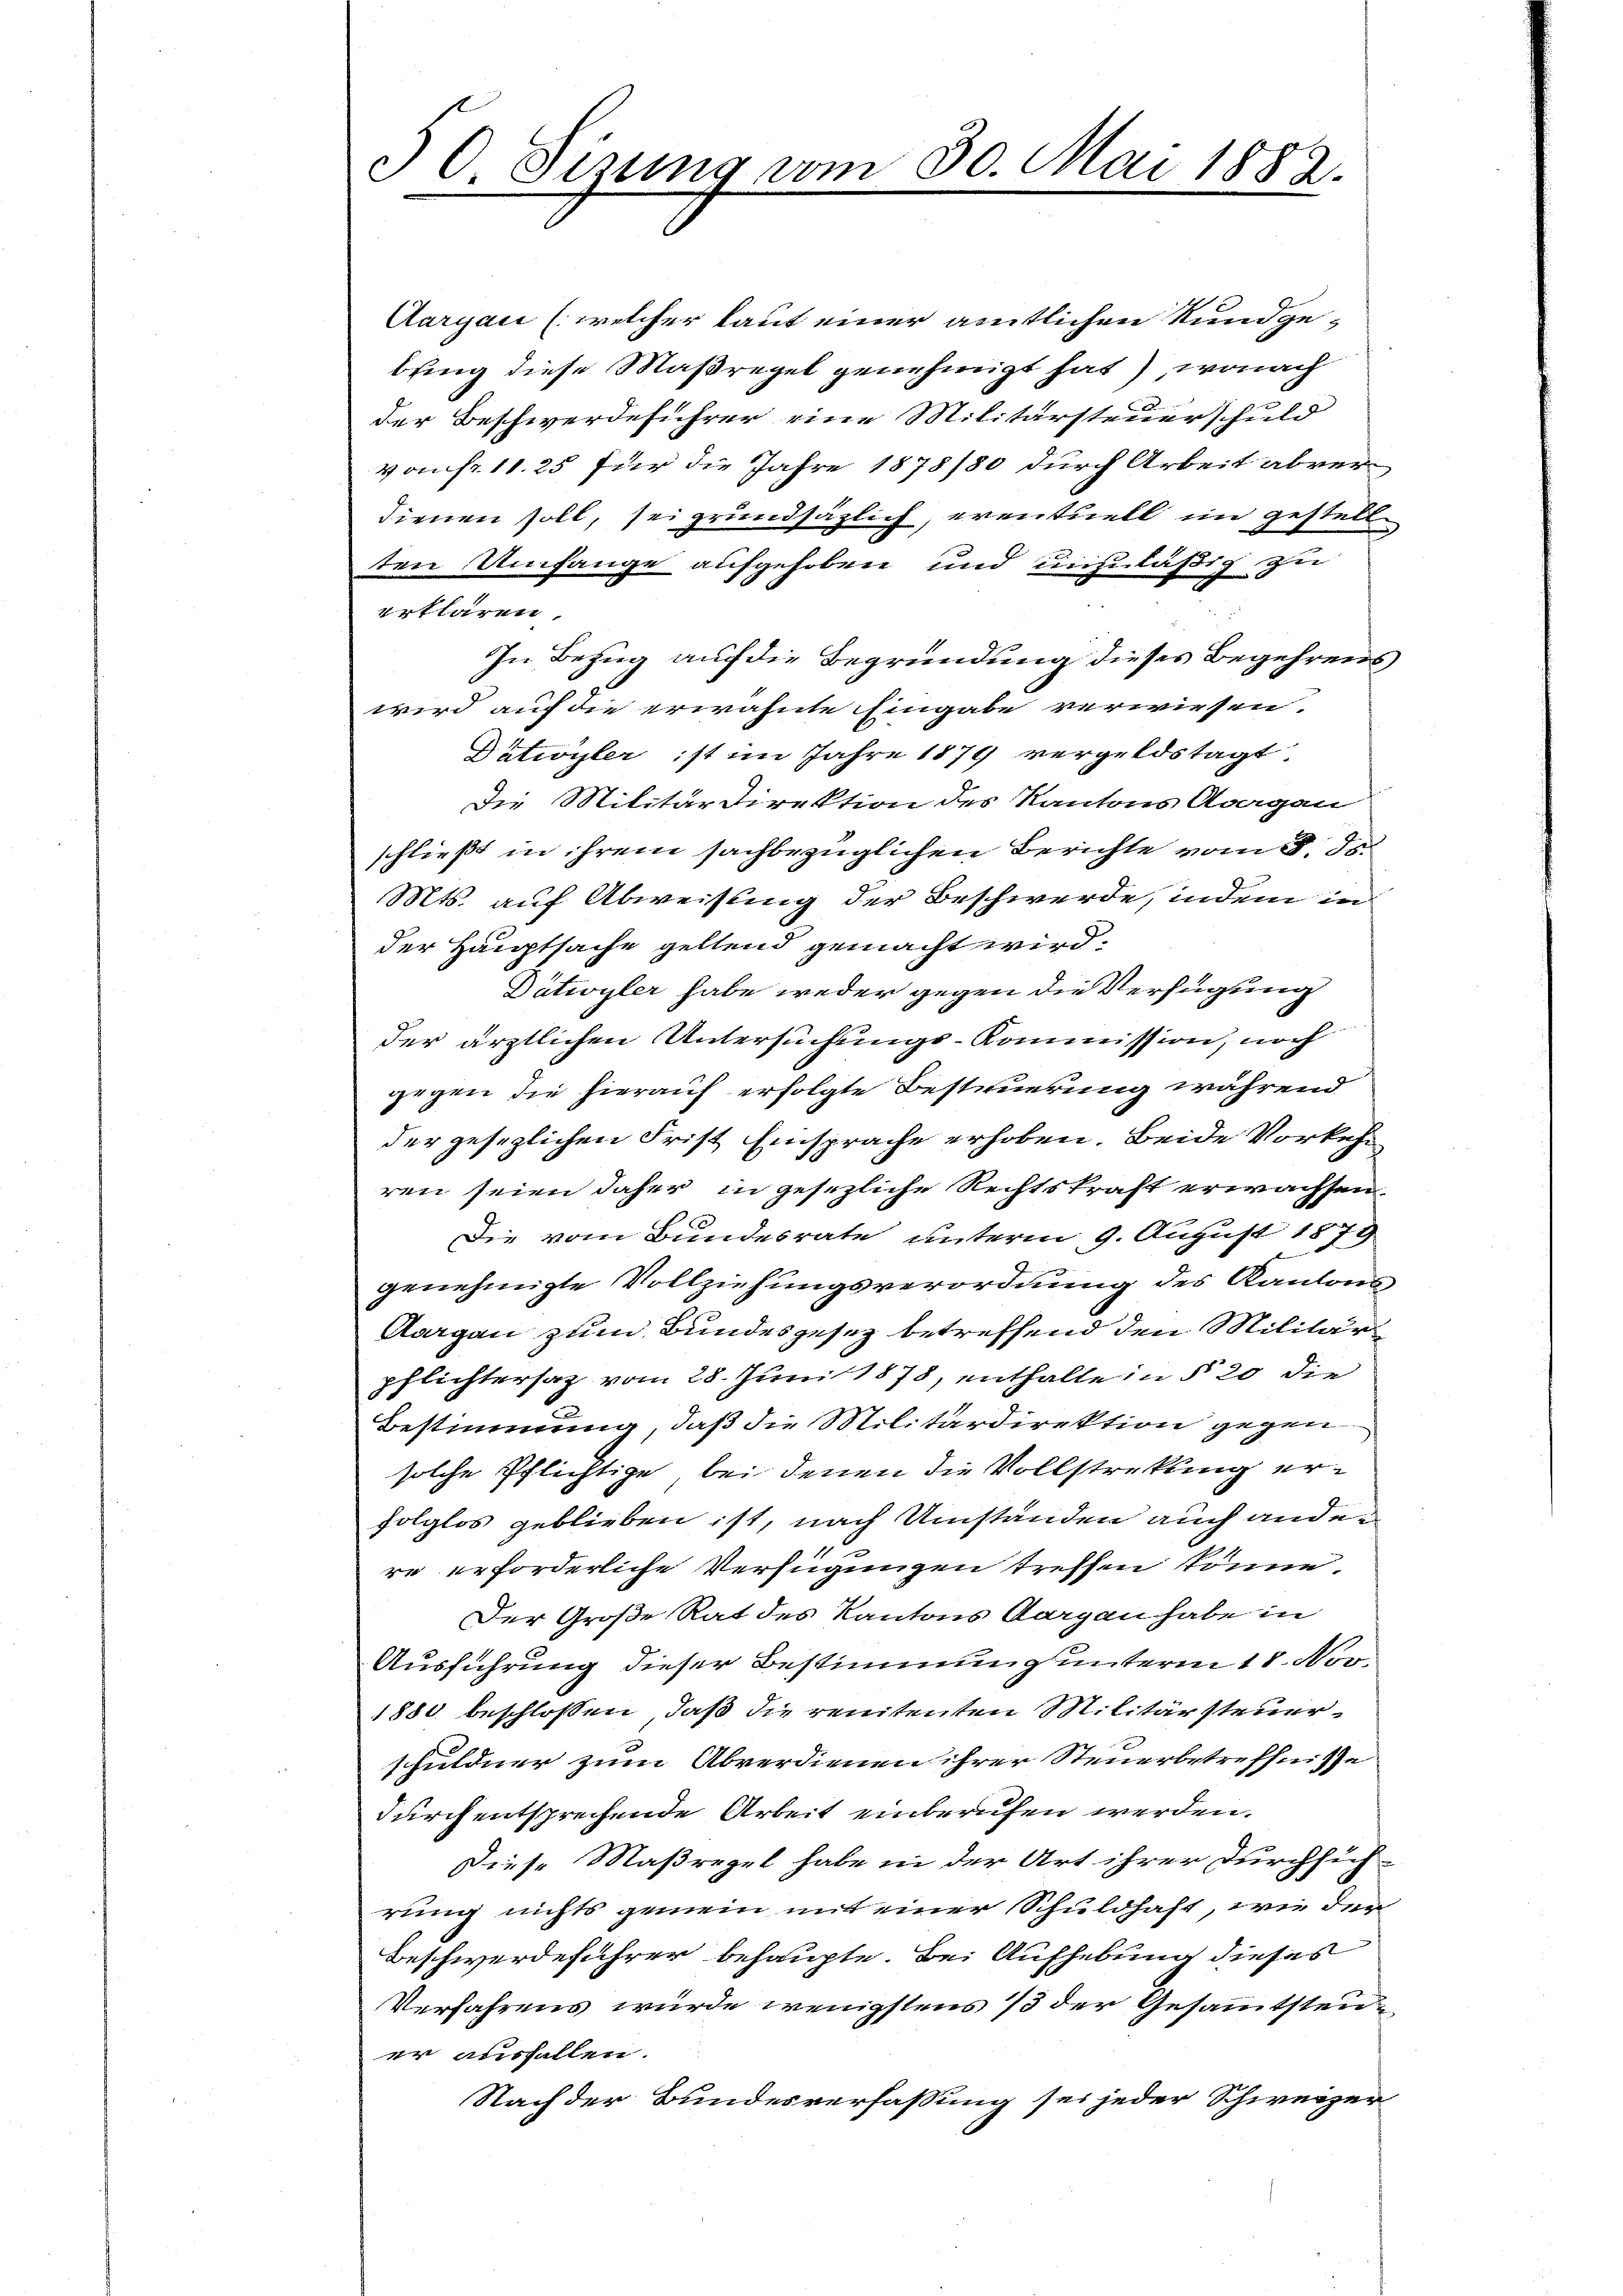
30 Sizung vom 30. Mai 1882.

Aargau (welcher laut einer amtlichen Kundgebung diese Maßregel genehmigt hat), wonach
der Beschwerdeführer eine Militärsteuerschuld
von fr. 11. 25 für die Jahre 1878/80 durch Arbeit abverdienen soll, sei grundsätzlich, eventuell im gestell
ten Umfange aufgehoben und unzuläßig zu
erklären,
In Bezug auf die Begründung dieses Begehrens
wird auf die erwähnte Eingabe verwiesen.
Dativyler ist im Jahre 1879 vergeldstagt.
Die Militärdirektion des Kantons Aargau
schließt in ihrem sachbezüglichen Berichte vom 5. ds.
Mts. auf Abweisung der Beschwerde, indem in
der Hauptsache geltend gemacht wird.
Dütroyler habe weder gegen die Verfügung
der ärztlichen Untersuchungs-Kommission, noch
gegen die hierauf erfolgte Besteuerung während
der gesezlichen Frist Einsprache erhoben. Beide Vorkehr
ren seien daher in gesezliche Rechtskraft erwachsen,
Die vom Bundesrate unterm 9. August 1873.
genehmigte Vollziehungsverordnung des Kantons
Aargau zum Bundesgesez betreffend den Militärpflichtersaz vom 28. Juni 1878, enthalte in § 20 die
Bestimmung, daß die Militärdirektion gegen
solche Pflichtige bei denen die Vollstreckung erfolglos geblieben ist, nach Umständen auch ander
re erforderliche Verfügungen treffen könne.
Der Große Rat des Kantons Aargau habe in
Ausführung dieser Bestimmung unterm 18. Nov.
1880 beschlossen, daß die renitenten Militärsteuerschuldner zum Abverdienen ihrer Steuerbetreffnisse
durch entsprechende Arbeit einberufen werden.
r
Diese Maßregel habe in der Art ihrer Durchsich
rung nichts gemein mit einer Schuldhaft, wie der
Beschwerdeführer behaupte. Bei Aufhebung dieses
Verfahrens wurde wenigstens 73 der Gesammtsteu
er ausfallen.
Nach der Bundesverfassung sei jeder Schweizer